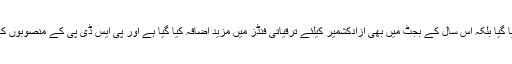
انہوںنے کہاکہ نہ صرف آزادکشمیر کا ترقیاتی بجٹ اس عرصہ میں دوگنا کیا گیا بلکہ اس سال کے بجٹ میں بھی آزادکشمیر کیلئے ترقیاتی فنڈز میں مزید اضافہ کیا گیا ہے اور پی ایس ڈی پی کے منصوبوں کے تحت بھی آزادکشمیر میں اربوں روپے کے وسائل خرچ کئے جا رہے ہیں۔